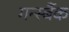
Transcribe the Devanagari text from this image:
गर्न्स्बैक